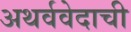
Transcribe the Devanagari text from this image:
अथर्ववेदाची